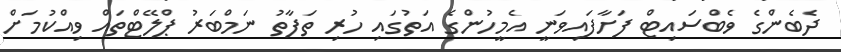
ދެބެންގެ ވެބްސައިޓް ފަށާފައިވަނީ އެމީހުންގެ އަތުގައި ހުރި ތަފާތު ނަމްބަރު ޕްލޭޓްތައް ވިއްކުމަށް